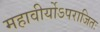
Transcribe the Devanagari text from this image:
महावीर्योऽपराजितः